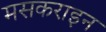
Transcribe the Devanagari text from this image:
मसकराइन